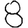
Digit: 8